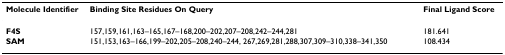
| Molecule Identifier | Binding Site Residues On Query | Final Ligand Score |
 | --- | --- | --- |
 | F4S | 157,159,161,163–165,167–168,200–202,207–208,242–244,281 | 181.641 |
 | SAM | 151,153,163–166,199–202,205–208,240–244, 267,269,281,288,307,309–310,338–341,350 | 108.434 |